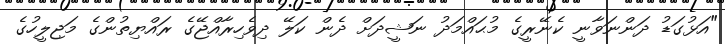
"އަޅުގަޑު ދަންނަވާނީ ކެނޭރީގެ މުޙައްމަދު ނަޝީދަށް ދެން ކަލޭ ދިވެހިރާއްޖޭގެ ރައްޔިތުންގެ މަޖިލީހުގެ